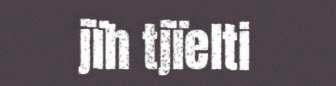
jïh tjïelti